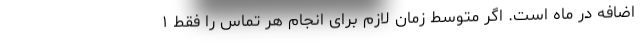
اضافه در ماه است. اگر متوسط زمان لازم برای انجام هر تماس را فقط ۱